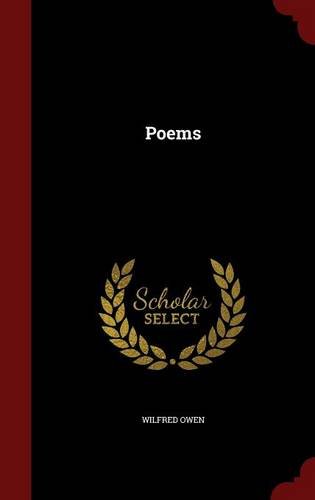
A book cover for Poems; Wilfred Owen; Literature & Fiction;